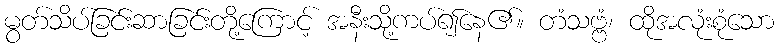
မွတ်သိပ်ခြင်းဆာခြင်းတို့ကြောင့် အနီးသို့ကပ်၍နေ၏။ တံသဗ္ဗံ၊ ထိုအလုံးစုံသော